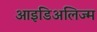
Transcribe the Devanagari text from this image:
आइडिअलिज्म